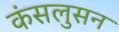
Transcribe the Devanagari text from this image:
कंसलुसन